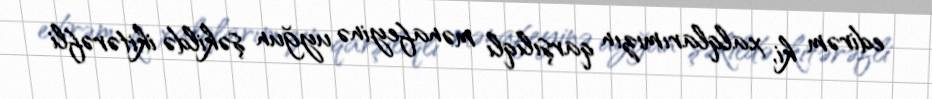
edirəm ki, xalqlarımızın qarşılıqlı mənafeyinə uyğun şəkildə ikitərəfli